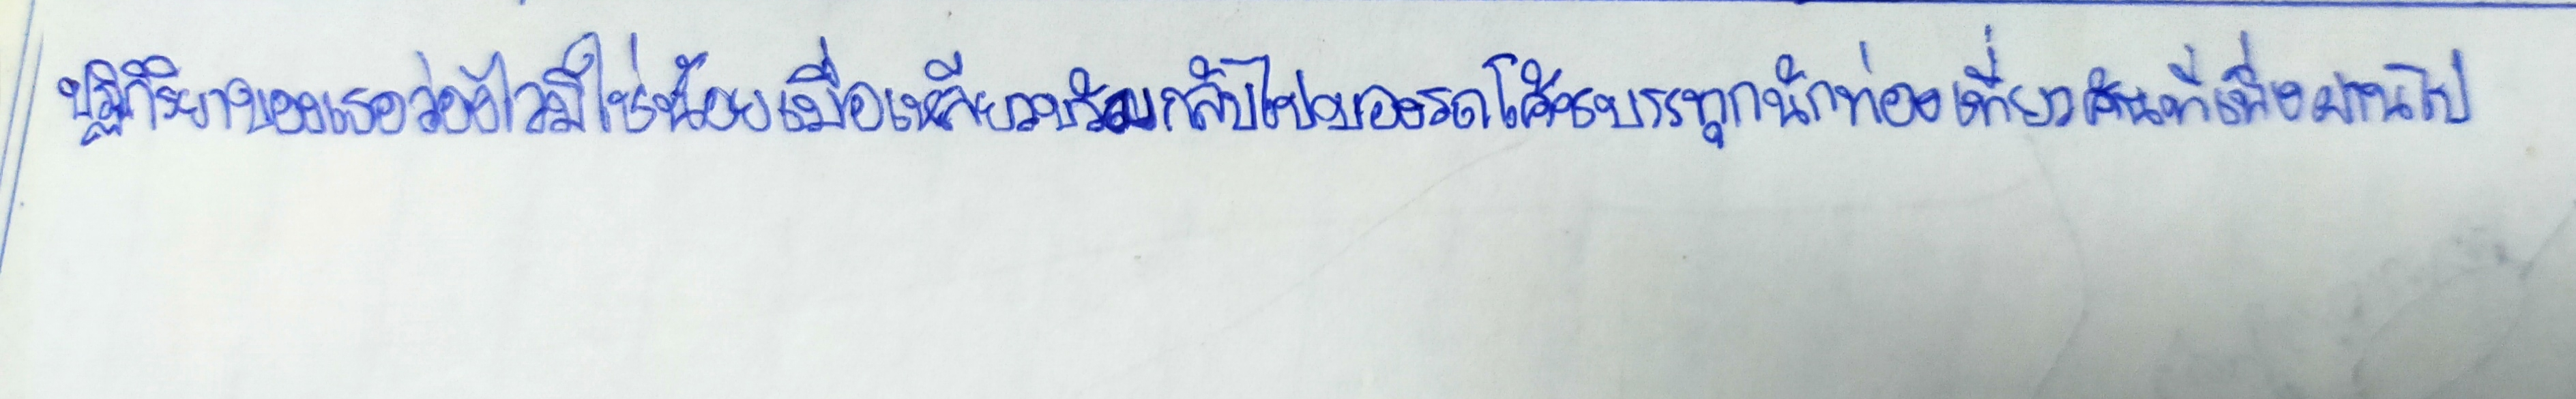
ปฏิกิริยาของเธอว่องไวมิใช่น้อยเมื่อเหลียวขวับกลับไปมองรถโค้ชบรรทุกนักท่องเที่ยวคันที่เพิ่งผ่านไป